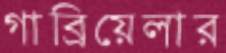
গাব্রিয়েলার